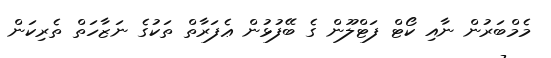
މެމްބަރުން ނާއި ކޯޓް ފަޓްލޫން ގެ ބޭފުޅުން ޢެފަރާތް ތަކުގެ ނަޒާހަތް ތެރިކަން